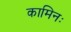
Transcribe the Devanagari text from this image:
कामिनः